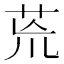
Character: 𮎰